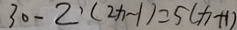
3 0 - 2 \cdot ( 2 x - 1 ) = 5 ( x + 1 )